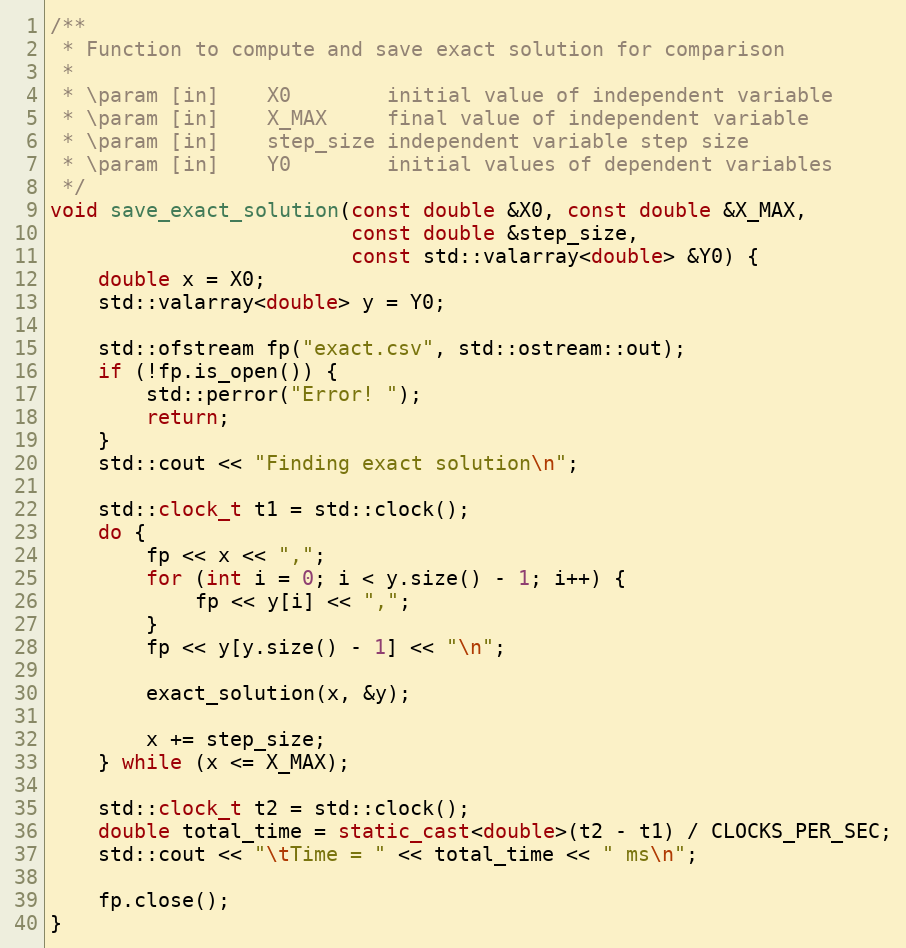
Language: C++
/**
 * Function to compute and save exact solution for comparison
 *
 * \param [in]    X0  	    initial value of independent variable
 * \param [in] 	  X_MAX	    final value of independent variable
 * \param [in] 	  step_size	independent variable step size
 * \param [in]    Y0	    initial values of dependent variables
 */
void save_exact_solution(const double &X0, const double &X_MAX,
                         const double &step_size,
                         const std::valarray<double> &Y0) {
    double x = X0;
    std::valarray<double> y = Y0;

    std::ofstream fp("exact.csv", std::ostream::out);
    if (!fp.is_open()) {
        std::perror("Error! ");
        return;
    }
    std::cout << "Finding exact solution\n";

    std::clock_t t1 = std::clock();
    do {
        fp << x << ",";
        for (int i = 0; i < y.size() - 1; i++) {
            fp << y[i] << ",";
        }
        fp << y[y.size() - 1] << "\n";

        exact_solution(x, &y);

        x += step_size;
    } while (x <= X_MAX);

    std::clock_t t2 = std::clock();
    double total_time = static_cast<double>(t2 - t1) / CLOCKS_PER_SEC;
    std::cout << "\tTime = " << total_time << " ms\n";

    fp.close();
}